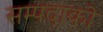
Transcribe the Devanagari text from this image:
सम्पदाको